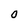
Character: O